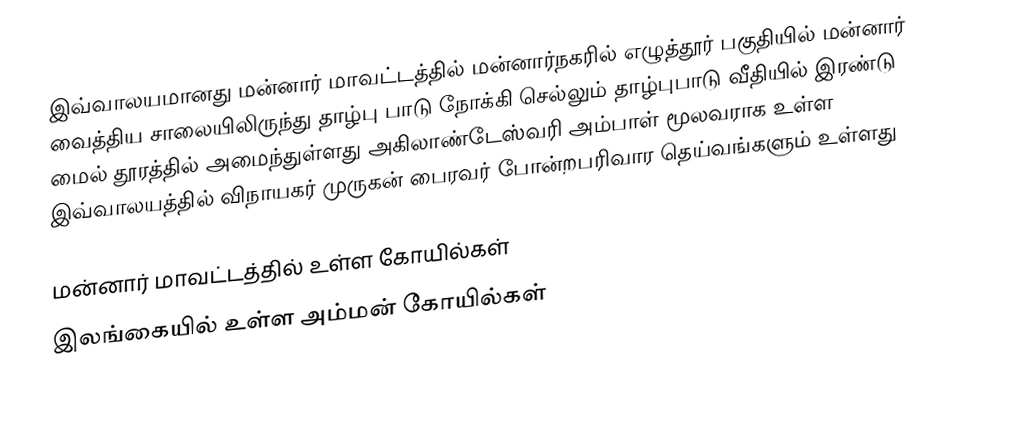
இவ்வாலயமானது மன்னார் மாவட்டத்தில் மன்னார்நகரில்   எழுத்தூர் பகுதியில் மன்னார் வைத்திய சாலையிலிருந்து  தாழ்பு பாடு நோக்கி செல்லும்  தாழ்புபாடு  வீதியில் இரண்டு மைல் தூரத்தில்  அமைந்துள்ளது அகிலாண்டேஸ்வரி அம்பாள்  மூலவராக உள்ள இவ்வாலயத்தில் விநாயகர் முருகன் பைரவர் போன்றபரிவார தெய்வங்களும் உள்ளது

மன்னார் மாவட்டத்தில் உள்ள  கோயில்கள்
இலங்கையில் உள்ள அம்மன் கோயில்கள்